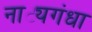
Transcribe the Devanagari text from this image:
नाट्यगंधा